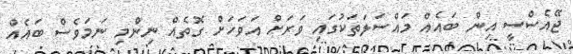
ޖޭއެސްސީ އިން ބައެއް މައްސަލަތަކުގައި ވަރަށް އަވަހަށް ގޮތެއް ނިންމި ނަމަވެސް ބައެއް